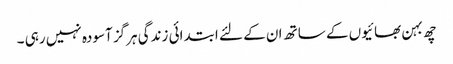
چھ بہن بھائیوں کے ساتھ ان کے لئے ابتدائی زندگی ہرگز آسودہ نہیں رہی ۔